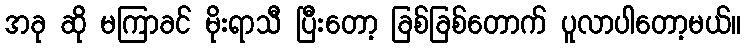
အခု ဆို မကြာခင် မိုးရာသီ ပြီးတော့ ခြစ်ခြစ်တောက် ပူလာပါတော့မယ်။